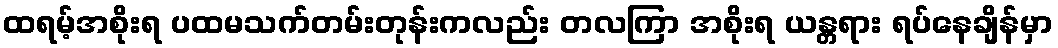
ထရမ့်အစိုးရ ပထမသက်တမ်းတုန်းကလည်း တလကြာ အစိုးရ ယန္တရား ရပ်နေချိန်မှာ